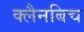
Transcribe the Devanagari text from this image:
क्लैनबिच